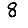
Digit: 8